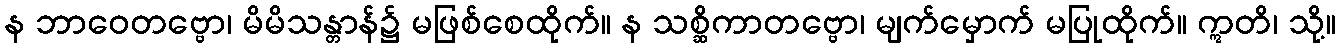
န ဘာဝေတဗ္ဗော၊ မိမိသန္တာန်၌ မဖြစ်စေထိုက်။ န သစ္ဆိကာတဗ္ဗော၊ မျက်မှောက် မပြုထိုက်။ ဣတိ၊ သို့။